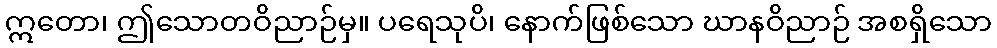
ဣတော၊ ဤသောတဝိညာဉ်မှ။ ပရေသုပိ၊ နောက်ဖြစ်သော ဃာနဝိညာဉ် အစရှိသော